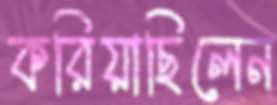
করিয়াছিলেন